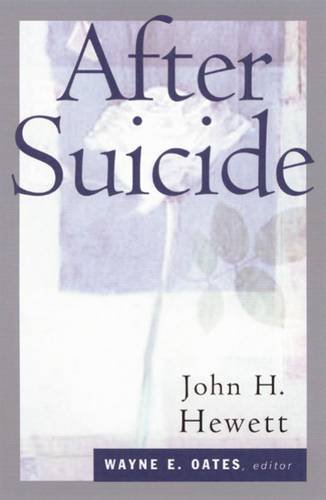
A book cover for After Suicide (Christian Care Books); John H. Hewett; Self-Help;